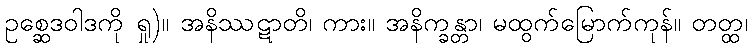
ဥစ္ဆေဒဝါဒကို ရှု)။ အနိဿဋာတိ၊ ကား။ အနိက္ခန္တာ၊ မထွက်မြောက်ကုန်။ တတ္ထ၊